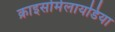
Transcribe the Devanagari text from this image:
क्राइसोमेलायडिया